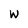
Character: W